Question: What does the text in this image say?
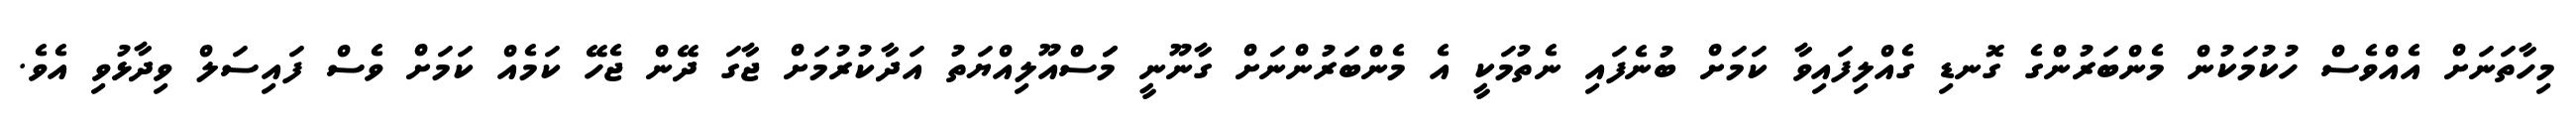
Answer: މިހާތަނަށް އެއްވެސް ހުކުމަކުން މެންބަރުންގެ ގޮނޑި ގެއްލިފައިވާ ކަމަށް ބުނެފައި ނެތުމަކީ އެ މެންބަރުންނަށް ގާނޫނީ މަަސްއޫލިއްޔަތު އަދާކުރުމަށް ޖާގަ ދޭން ޖެހޭ ކަމެއް ކަމަށް ވެސް ފައިސަލް ވިދާޅުވި އެވެ.